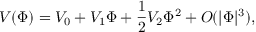
V ( \Phi ) = V _ { 0 } + V _ { 1 } \Phi + \frac { 1 } { 2 } V _ { 2 } \Phi ^ { 2 } + O ( | \Phi | ^ { 3 } ) ,